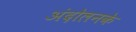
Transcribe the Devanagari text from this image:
अंदोलनके